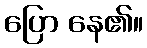
ပြော နေ၏။